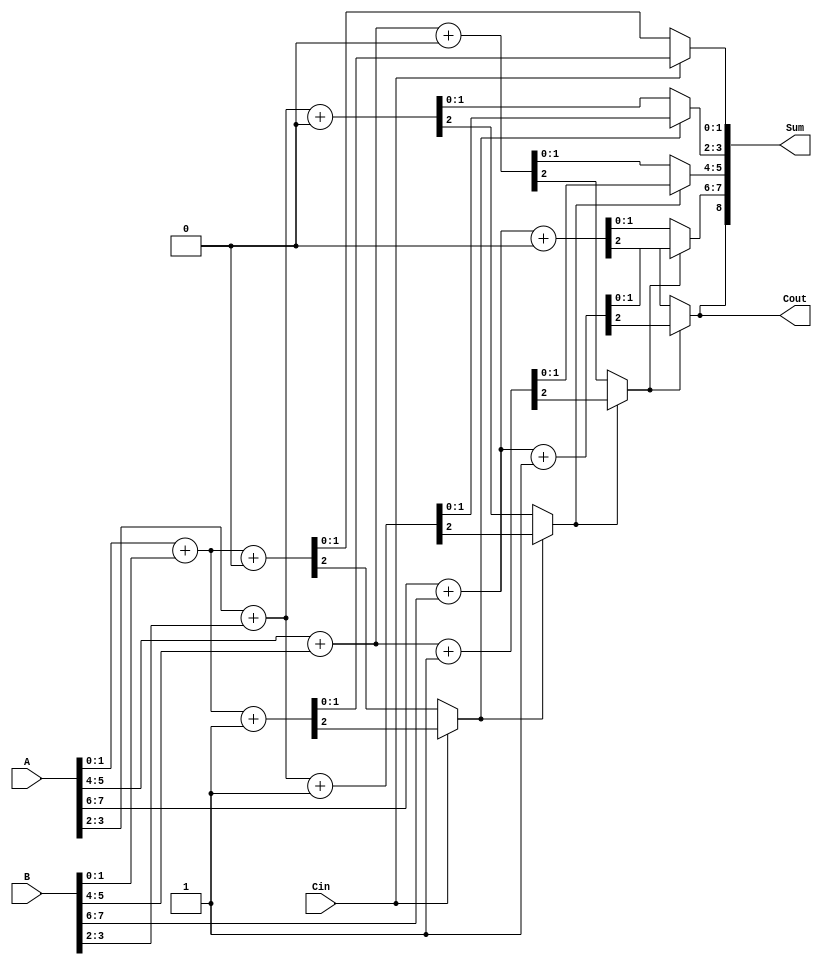
module DynamicCarrySelectAdder #(parameter WIDTH = 8, BLOCK_SIZE = 2) (
    input [WIDTH-1:0] A,    // First operand
    input [WIDTH-1:0] B,    // Second operand
    input Cin,              // Carry-in
    output [WIDTH:0] Sum,   // Sum output
    output Cout             // Carry-out
);

// Internal signals
wire [WIDTH/BLOCK_SIZE-1:0] Cout0, Cout1; // Carry outs for each block assuming Cin = 0 and 1
wire [WIDTH-1:0] Sum0, Sum1;               // Partial sums for each block assuming Cin = 0 and 1
wire [WIDTH/BLOCK_SIZE-1:0] selectedCout; // Selected Carry-out for each block
wire [WIDTH-1:0] selectedSum;              // Final selected Sum for each block
wire [WIDTH/BLOCK_SIZE-1:0] carry_in;      // Carry-in for each block

// Instantiate block adders
genvar block;
generate
    for (block = 0; block < WIDTH/BLOCK_SIZE; block = block + 1) begin: block_adder
        // Define local parameters for block indices
        localparam HIGH = (block + 1) * BLOCK_SIZE - 1;
        localparam LOW = block * BLOCK_SIZE;

        // Full adders for Sum assuming Cin = 0
        wire [BLOCK_SIZE-1:0] A_block = A[HIGH:LOW];
        wire [BLOCK_SIZE-1:0] B_block = B[HIGH:LOW];
        wire C0, C1;
        assign {Cout0[block], Sum0[HIGH:LOW]} = A_block + B_block + 1'b0;

        // Full adders for Sum assuming Cin = 1
        assign {Cout1[block], Sum1[HIGH:LOW]} = A_block + B_block + 1'b1;

        // Select the appropriate carry-in from the previous block
        if (block == 0) begin
            assign carry_in[block] = Cin; // First block uses the global Cin
        end else begin
            assign carry_in[block] = selectedCout[block-1]; // Subsequent blocks use the output from the previous block
        end

        // MUX to select the sums based on carry in
        assign selectedSum[HIGH:LOW] = carry_in[block] ? Sum1[HIGH:LOW] : Sum0[HIGH:LOW];

        // MUX to select the carry-out
        assign selectedCout[block] = carry_in[block] ? Cout1[block] : Cout0[block];
    end
endgenerate

// Final carry-out
assign Cout = selectedCout[WIDTH/BLOCK_SIZE - 1];

// Concatenate the selected sums to generate the final sum output
assign Sum = {selectedCout[WIDTH/BLOCK_SIZE - 1], selectedSum};

endmodule